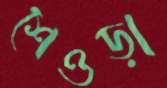
শেওড়া